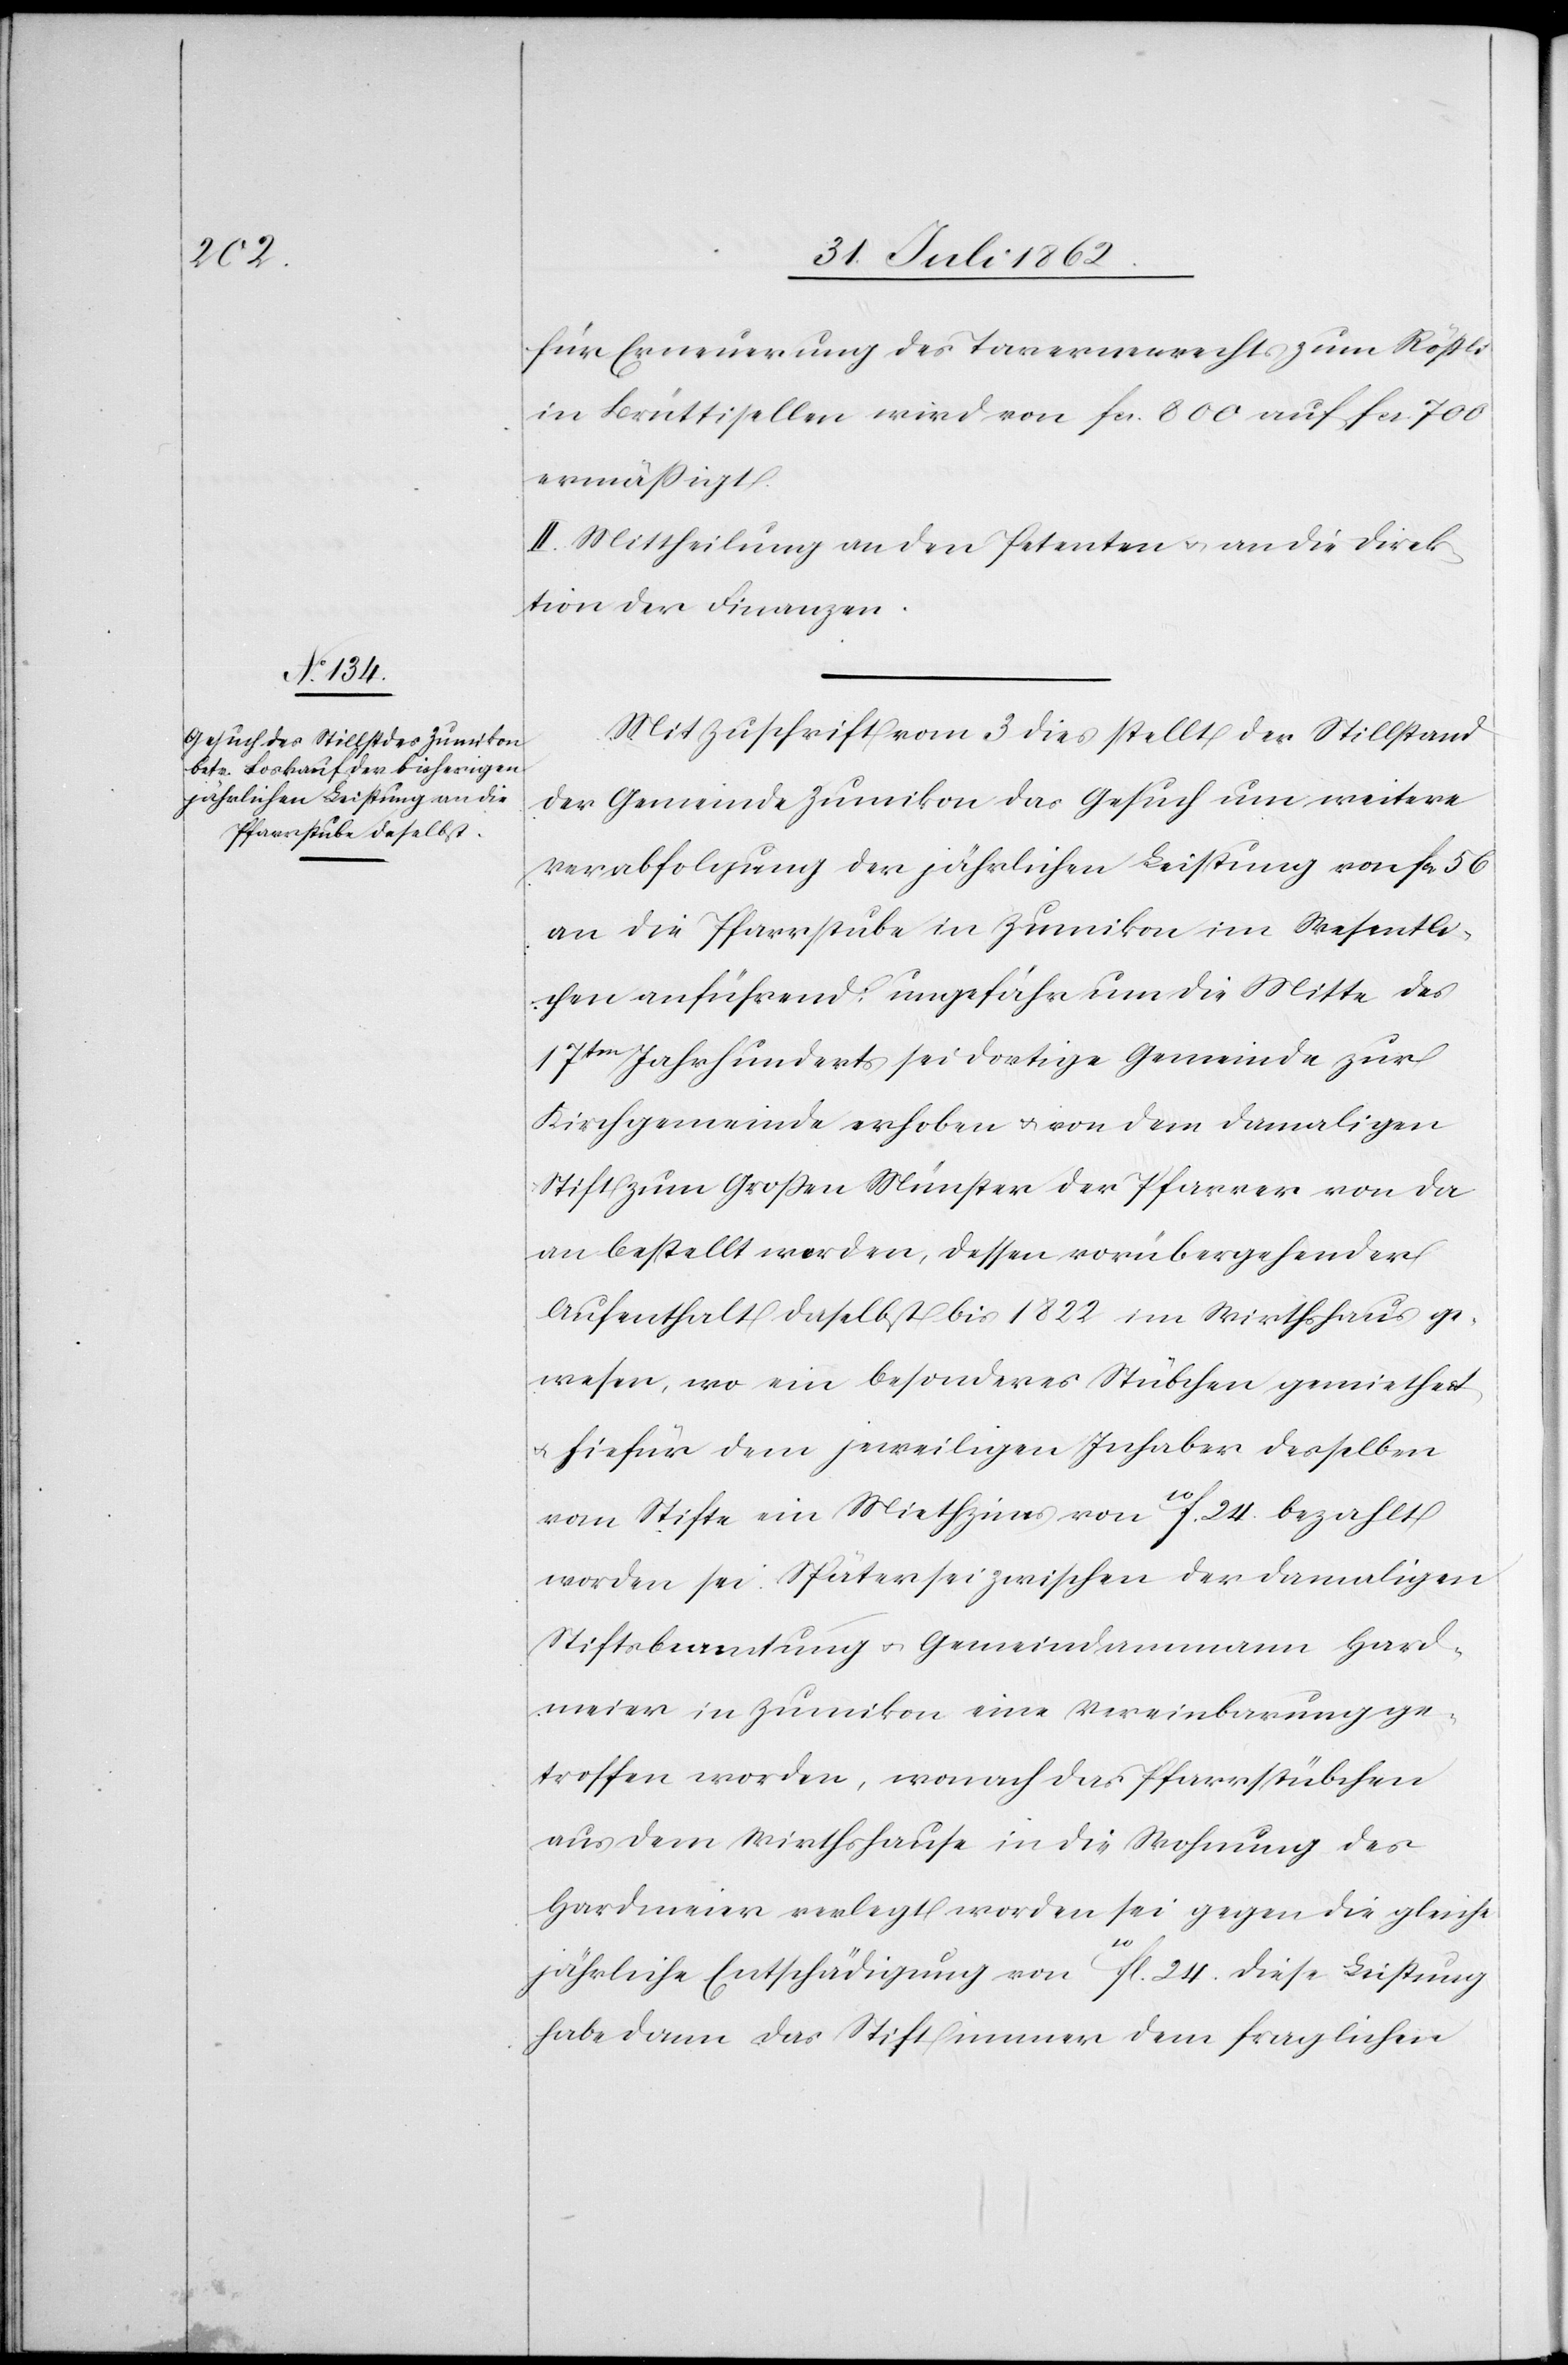
für Erneuerung des Tavernenrechts zum Rößli
in Brüttisellen wird von fcs. 800 auf fcs. 700
ermäßigt.
II. Mittheilung an den Petenten u. an die Direk¬
tion der Finanzen.
Mit Zuschrift vom 3. dies stellt der Stillstand
der Gemeinde Zumikon das Gesuch um weitere
Verabfolgung der jährlichen Leistung von fcs. 56
an die Pfarrstube in Zumikon im Wesentli¬
chen anführend, ungefähr um die Mitte des
17ten Jahrhunderts sei dortige Gemeinde zur
Kirchgemeinde erhoben u. von dem damaligen
Stift zum Großen Münster der Pfarrer von da
an bestellt worden, dessen vorübergehender
Aufenthalt daselbst bis 1822 im Wirthshaus ge¬
wesen, wo ein besonderes Stübchen gemiethet
u. hiefür dem jeweiligen Inhaber desselben
vom Stifte ein Miethzins von 10f. 24 bezahlt
worden sei. Später sei zwischen der damaligen
Stiftsbeamtung u. Gemeindammann Hard¬
meier in Zumikon eine Vereinbarung ge¬
troffen worden, wonach das Pfarrstübchen
aus dem Wirthshause in die Wohnung des
Hardmeier verlegt worden sei gegen die gleiche
jährliche Entschädigung von 10fl. 24 Diese Leistung
habe dann das Stift immer dem fraglichen